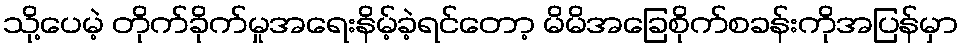
သို့ပေမဲ့ တိုက်ခိုက်မှုအရေးနိမ့်ခဲ့ရင်တော့ မိမိအခြေစိုက်စခန်းကိုအပြန်မှာ